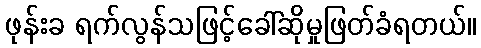
ဖုန်းခ ရက်လွန်သဖြင့်ခေါ်ဆိုမှုဖြတ်ခံရတယ်။